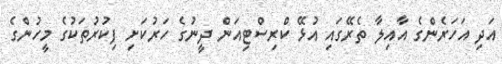
އަދި އަހަރެންގެ އާއިލާ ތެރޭގައި އުޅޭ ކްރިސްޓިއަން ދީނުގެ ހަރުކަށި ފިކުރުތަކުގެ މީހުންގެ